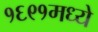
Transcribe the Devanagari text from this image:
१६९१मध्ये